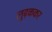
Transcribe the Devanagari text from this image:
लुढ़ककर